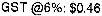
GST @6%: $0.46